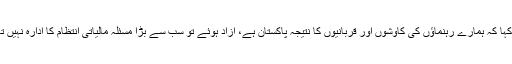
اسٹیٹ بینک میں یوم آزادی کی تقریب سے خطاب کرتے ہوئے باقر رضا نے کہا کہ ہمارے رہنماؤں کی کاوشوں اور قربانیوں کا نتیجہ پاکستان ہے، آزاد ہوئے تو سب سے بڑا مسئلہ مالیاتی انتظام کا ادارہ نہیں تھا، 1948 میں اسٹیٹ بینک نے پہلا نوٹ چھاپ کر اقتصادی سفر کا آغاز کیا۔